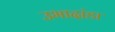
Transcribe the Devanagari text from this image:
उभादांडा